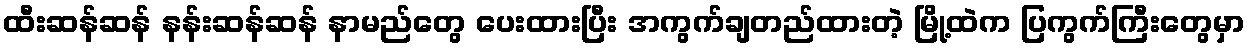
ထီးဆန်ဆန် နန်းဆန်ဆန် နာမည်တွေ ပေးထားပြီး အကွက်ချတည်ထားတဲ့ မြို့ထဲက ပြကွက်ကြီးတွေမှာ